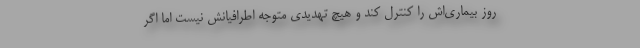
روز بیماری‌اش را کنترل کند و هیچ تهدیدی متوجه اطرافیانش نیست اما اگر